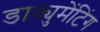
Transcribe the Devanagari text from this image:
डाक्युमेंटिंग